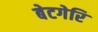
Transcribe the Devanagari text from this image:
बेटगेरि